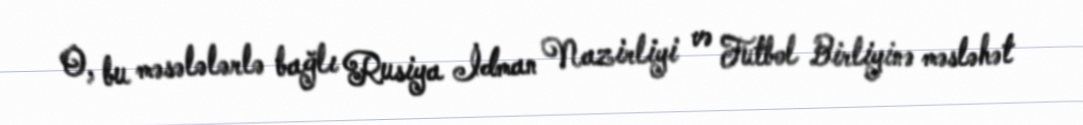
O, bu məsələlərlə bağlı Rusiya İdman Nazirliyi və Futbol Birliyinə məsləhət